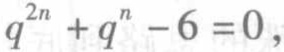
\(q^{2n}+q^{n}-6 = 0\)